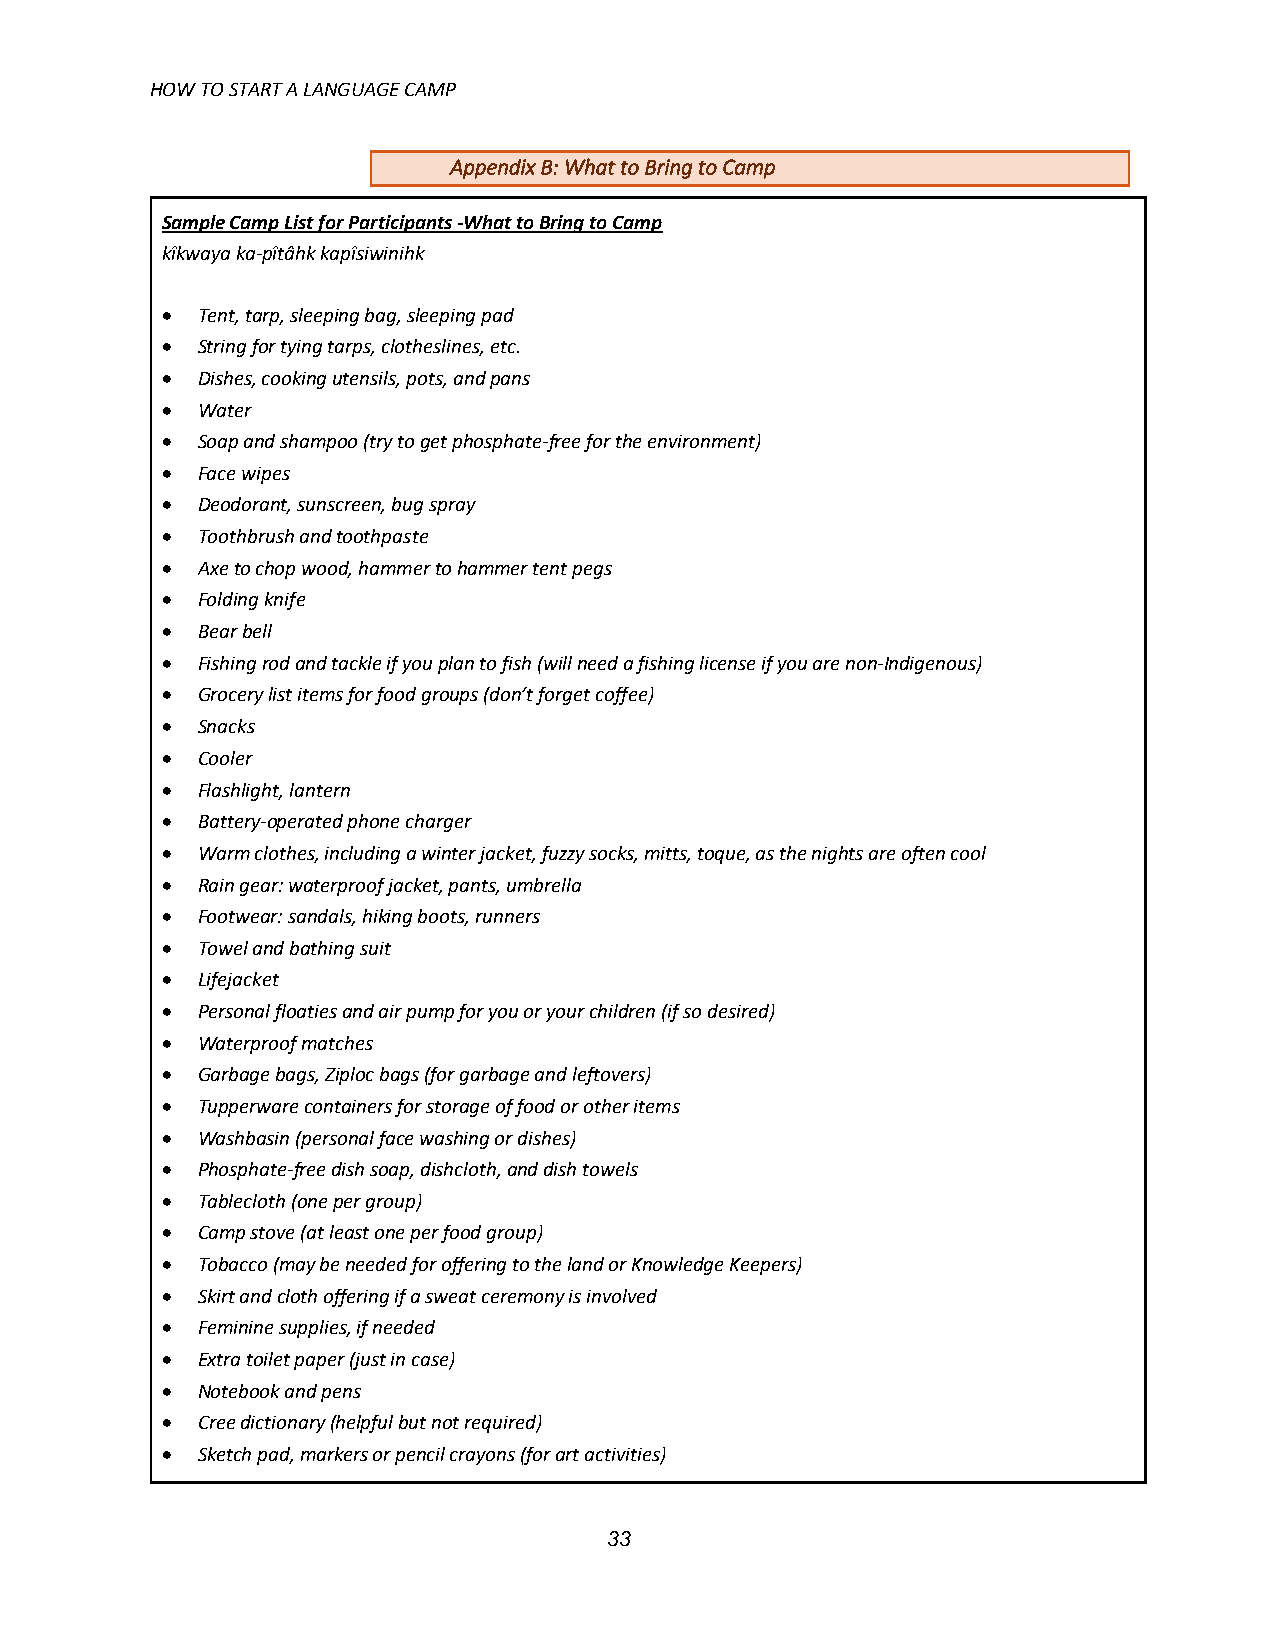
HOW TO START A LANGUAGE CAMP
 Appendix B: What to Bring to Camp
 Sample Camp List for Participants -What to Bring to Camp
 kîkwaya ka-pîtâhk kapîsiwinihk
 • Tent, tarp, sleeping bag, sleeping pad
 • String for tying tarps, clotheslines, etc.
 • Dishes, cooking utensils, pots, and pans
 • Water
 • Soap and shampoo (try to get phosphate-free for the environment)
 • Face wipes
 • Deodorant, sunscreen, bug spray
 • Toothbrush and toothpaste
 • Axe to chop wood, hammer to hammer tent pegs
 • Folding knife
 • Bear bell
 • Fishing rod and tackle if you plan to fish (will need a fishing license if you are non-Indigenous)
 • Grocery list items for food groups (don’t forget coffee)
 • Snacks
 • Cooler
 • Flashlight, lantern
 • Battery-operated phone charger
 • Warm clothes, including a winter jacket, fuzzy socks, mitts, toque, as the nights are often cool
 • Rain gear: waterproof jacket, pants, umbrella
 • Footwear: sandals, hiking boots, runners
 • Towel and bathing suit
 • Lifejacket
 • Personal floaties and air pump for you or your children (if so desired)
 • Waterproof matches
 • Garbage bags, Ziploc bags (for garbage and leftovers)
 • Tupperware containers for storage of food or other items
 • Washbasin (personal face washing or dishes)
 • Phosphate-free dish soap, dishcloth, and dish towels
 • Tablecloth (one per group)
 • Camp stove (at least one per food group)
 • Tobacco (may be needed for offering to the land or Knowledge Keepers)
 • Skirt and cloth offering if a sweat ceremony is involved
 • Feminine supplies, if needed
 • Extra toilet paper (just in case)
 • Notebook and pens
 • Cree dictionary (helpful but not required)
 • Sketch pad, markers or pencil crayons (for art activities)
 33